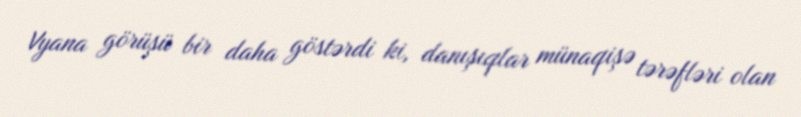
Vyana görüşü bir daha göstərdi ki, danışıqlar münaqişə tərəfləri olan